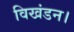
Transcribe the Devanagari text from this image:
विखंडन।